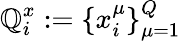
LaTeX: \mathbb{Q}_{i}^{x}:=\{ x_{i}^{\mu}\} _{\mu=1}^{Q}